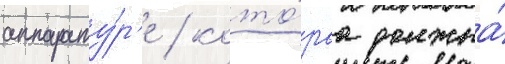
аппарату́р'е / кото́раа должна́